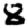
Digit: 8